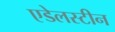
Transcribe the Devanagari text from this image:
एडेलस्टीन